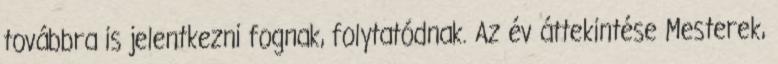
továbbra is jelentkezni fognak, folytatódnak. Az év áttekintése Mesterek,